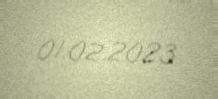
01.02.2023